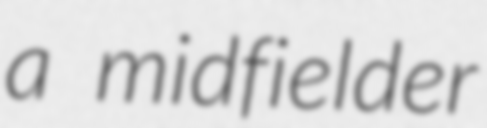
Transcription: a midfielder